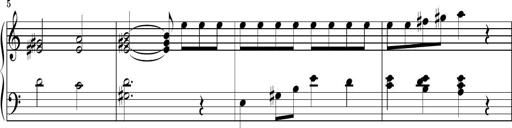
Title: Piano Sonatina No.1
Composer: Dimitri Sykias
Key: D minor